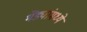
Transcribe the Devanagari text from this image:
भेंड्यांमध्ये